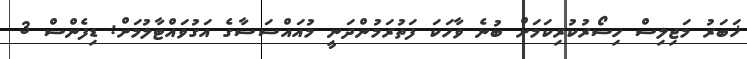
ޚަބަރު މަޖިލިސް ހިސޯރުކުރިކަމަށް ބުނެ ވާހަކަ ފަތުރަމުންދަނީ މުއައްސަސާގެ އަގުވައްޓާލުމަށް: ޑިފެންސް 3